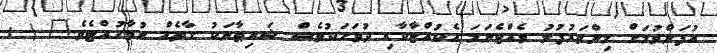
އުފަންވުމަށް މިންވަރުފުޅު ވެއްޖެނަމަ އެކުއްޖާކާއި ދުވަހަކުވެސް ޝައިޠާނަކު ގާތެއް ނުވާހުއްޓެވެ." ( :